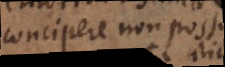
concipere non possum,